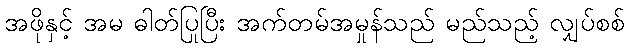
အဖိုနှင့် အမ ဓါတ်ပြုပြီး အက်တမ်အမှုန်သည် မည်သည့် လျှပ်စစ်